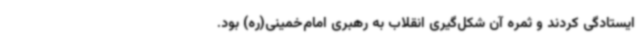
ایستادگی کردند و ثمره آن شکل‌گیری انقلاب به رهبری امام‌خمینی(ره) بود.